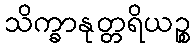
သိက္ခာနုတ္တရိယဉ္စ